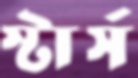
স্টার্স